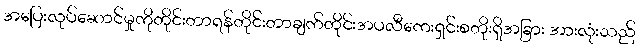
အပြေးလုပ်ဆောင်မှုကိုတိုင်းတာရန်တိုင်းတာချက်တိုင်းအပလီကေးရှင်းစတိုးရှိအခြား အားလုံးသည်